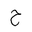
Letter: _ha